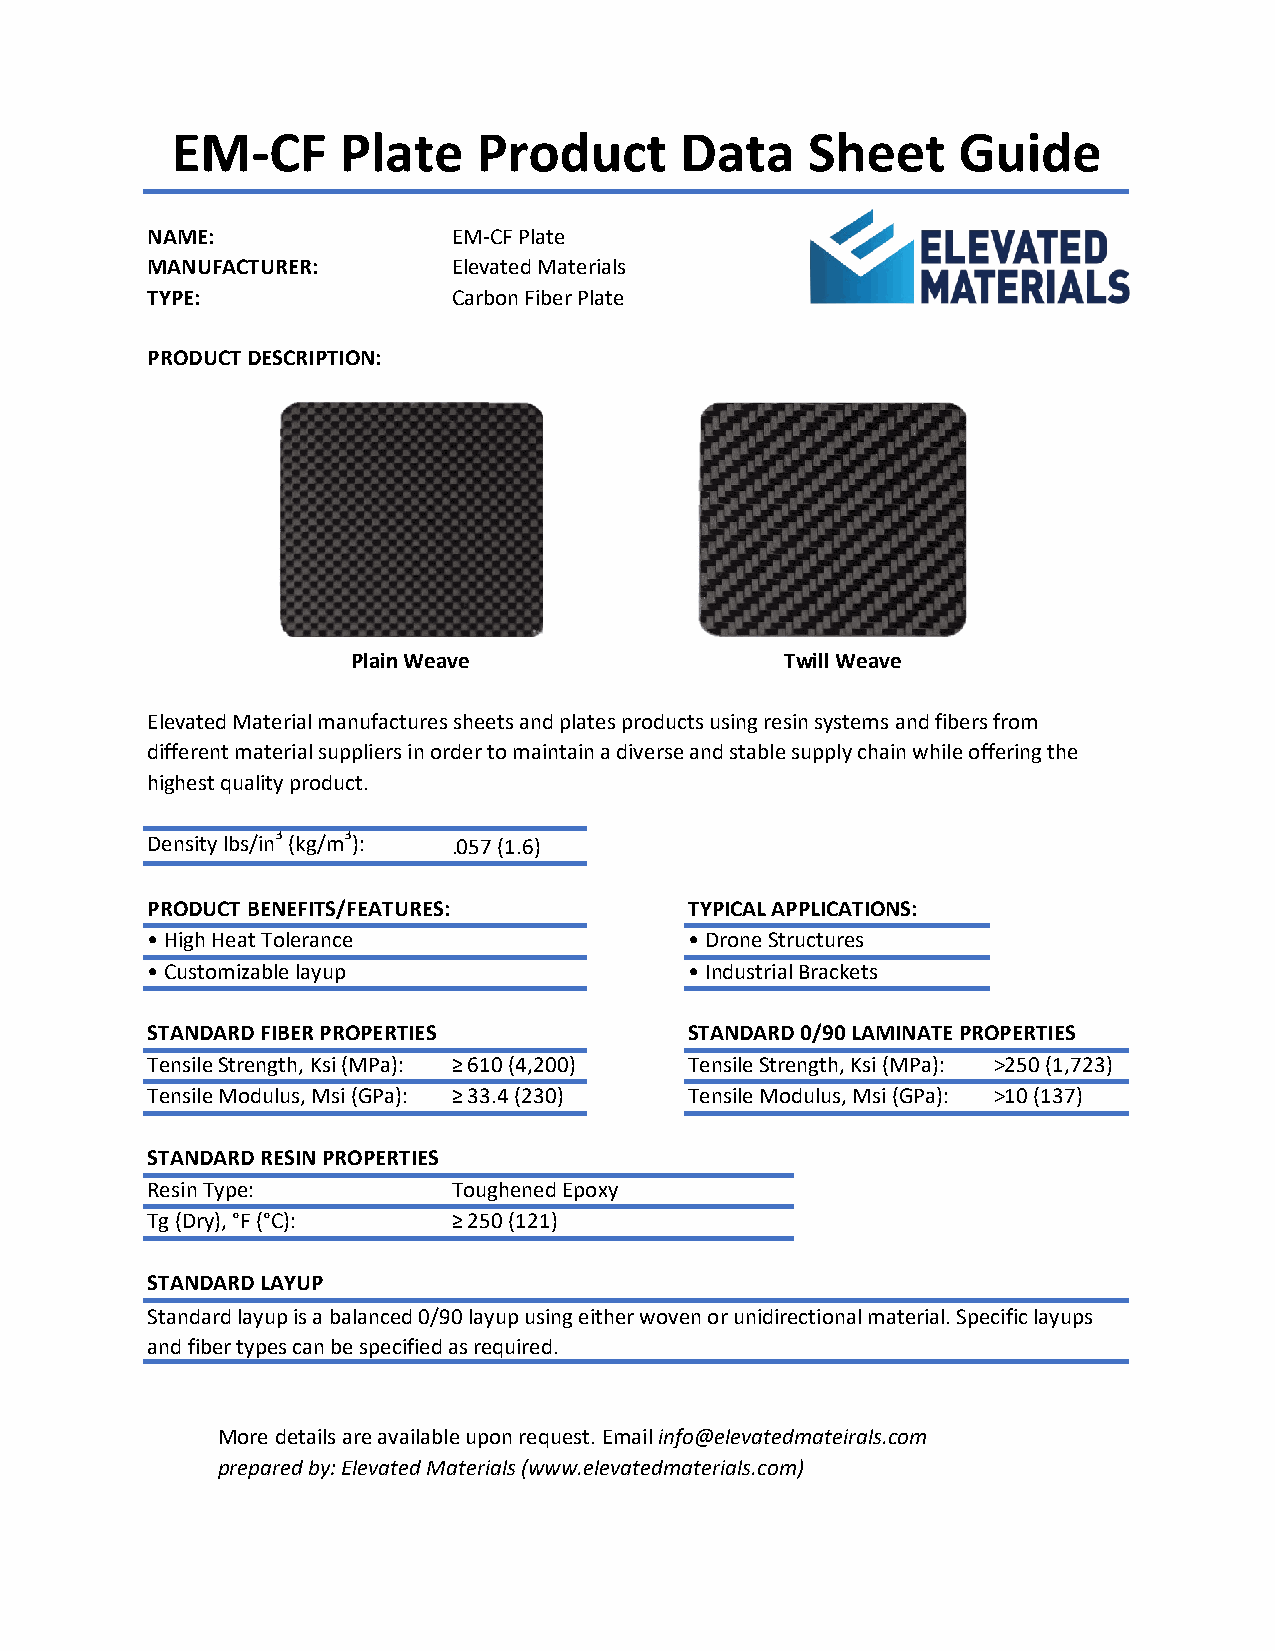
EM-CF      Plate    Product      Data     Sheet     Guide
 NAME:               EM-CF Plate
 MANUFACTURER:       Elevated Materials
 TYPE:               Carbon Fiber Plate
 PRODUCT DESCRIPTION:
 Plain Weave                  Twill Weave
 Elevated Material manufactures sheets and plates products using resin systems and fibers from
 different material suppliers in order to maintain a diverse and stable supply chain while offering the
 highest quality product.
 Density lbs/in3 (kg/m3): .057 (1.6)
 PRODUCT BENEFITS/FEATURES:          TYPICAL APPLICATIONS:
 •High Heat Tolerance                •Drone Structures
 •Customizable layup                 •Industrial Brackets
 STANDARD FIBER PROPERTIES           STANDARD 0/90 LAMINATE PROPERTIES
 Tensile Strength, Ksi (MPa): ≥ 610 (4,200) Tensile Strength, Ksi (MPa): >250 (1,723)
 Tensile Modulus, Msi (GPa): ≥ 33.4 (230) Tensile Modulus, Msi (GPa): >10 (137)
 STANDARD RESIN PROPERTIES
 Resin Type:         Toughened Epoxy
 Tg (Dry), °F (°C):  ≥ 250 (121)
 STANDARD LAYUP
 Standard layup is a balanced 0/90 layup using either woven or unidirectional material. Specific layups
 and fiber types can be specified as required.
 More details are available upon request. Email info@elevatedmateirals.com
 prepared by: Elevated Materials (www.elevatedmaterials.com)